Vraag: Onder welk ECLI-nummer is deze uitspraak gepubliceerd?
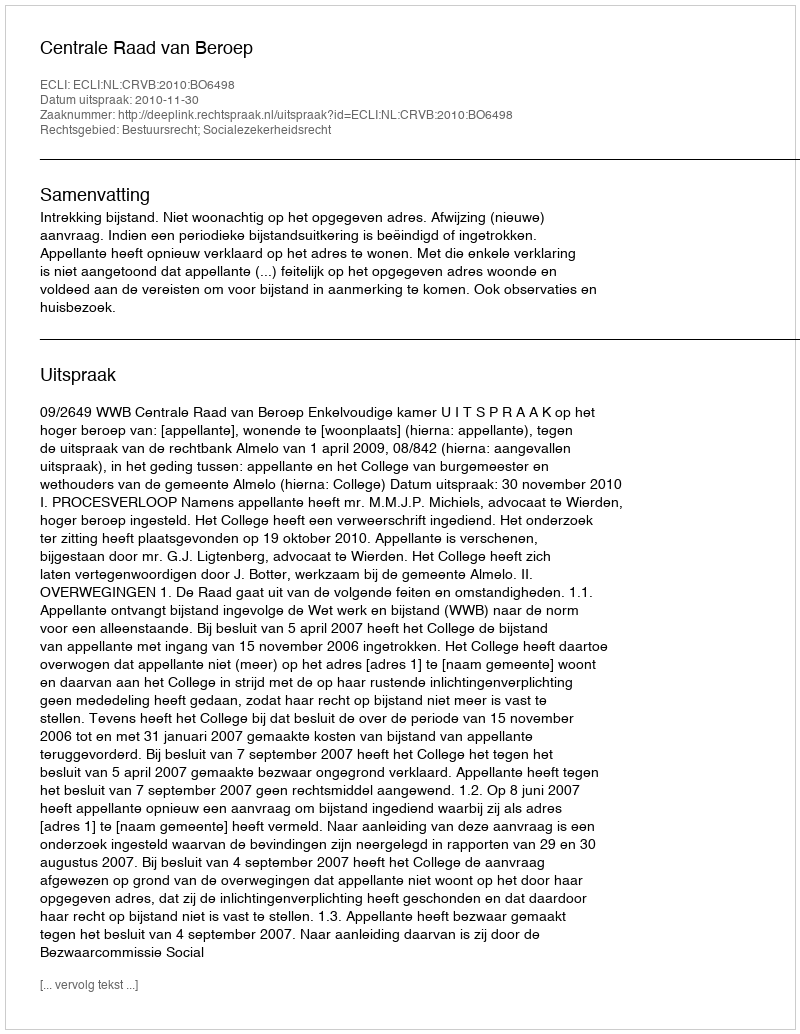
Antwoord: ECLI:NL:CRVB:2010:BO6498